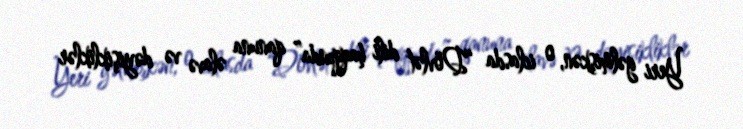
Yeri gəlmişkən, o iclasda “Dövlət dili haqqında” qanuna əlavə və dəyişikliklər